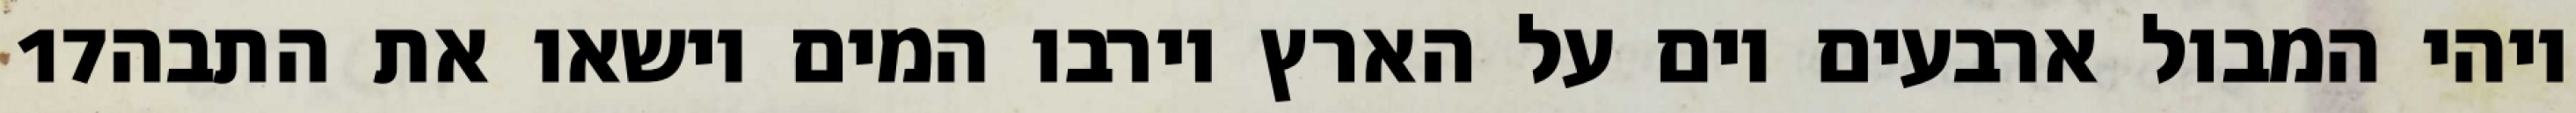
‎17‏ ויהי המבול ארבעים יום על הארץ וירבו המים וישאו את התבה